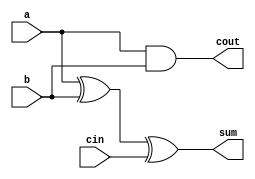
module incorr_full_adder(a,b,cin,sum,cout);
input a,b,cin;
output sum,cout;
assign sum = a^b^cin;
assign cout = a&b|1'b0; 
// initial begin
//     $display("The incorrect adder with and1 and or1 having out/0 and in2/0");
// end   
endmodule